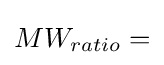
MW_{ratio}=